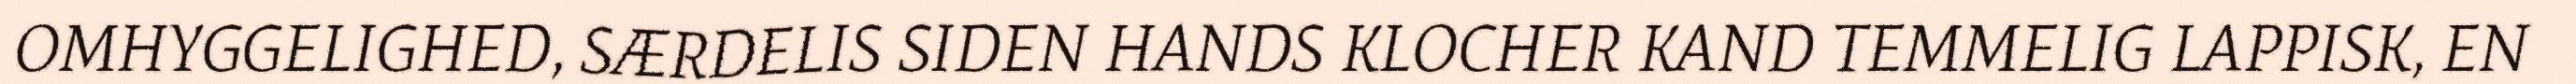
OMHYGGELIGHED, SÆRDELIS SIDEN HANDS KLOCHER KAND TEMMELIG LAPPISK, EN